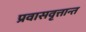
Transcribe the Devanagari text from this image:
प्रवासवृत्तान्त